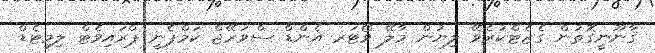
ޤާނޫނީގޮތުން ގެޒެޓްކުރެވޭ ލިޔުން މާލޭ ވޯޓަރ އެންޑް ސްވަރޭޖް ކަމްޕެނީ ޕްރައިވެޓް ލިމިޓެޑް